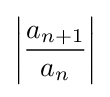
\left|{\frac {a_{n+1}}{a_{n}}}\right|